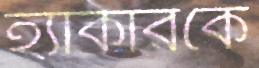
হ্যাকারকে